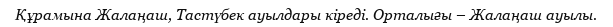
Құрамына Жалаңаш, Тастүбек ауылдары кіреді. Орталығы – Жалаңаш ауылы.